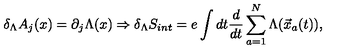
\delta _ { \Lambda } A _ { j } ( x ) = \partial _ { j } \Lambda ( x ) \Rightarrow \delta _ { \Lambda } S _ { i n t } = e \int d t \frac { d } { d t } \sum _ { a = 1 } ^ { N } \Lambda ( { \vec { x } } _ { a } ( t ) ) ,